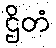
ဌိတံ